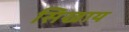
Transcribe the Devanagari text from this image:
सिखाय